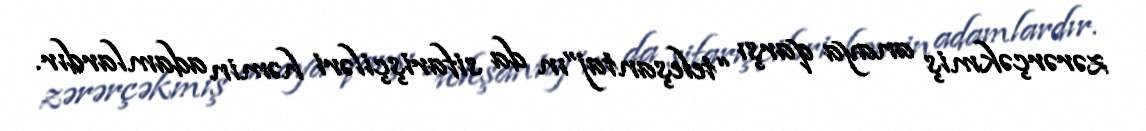
zərərçəkmiş anaya qarşı “teleşantaj”ın da sifarişçiləri həmin adamlardır.